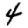
Digit: 4